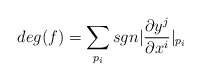
\begin{align*}deg(f)=\sum_{p_i}sgn |\frac{\partial y^j}{\partial x^i}|_{p_i}\end{align*}